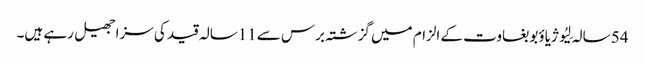
54 سالہ لِیُو ژیاؤبو بغاوت کے الزام میں گزشتہ برس سے11سالہ قید کی سزا جھیل رہے ہیں۔